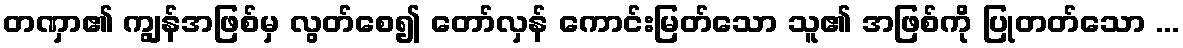
တဏှာ၏ ကျွန်အဖြစ်မှ လွတ်စေ၍ တော်လှန် ကောင်းမြတ်သော သူ၏ အဖြစ်ကို ပြုတတ်သော ...